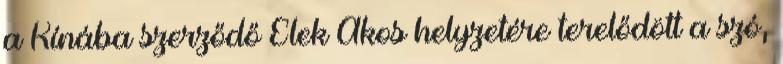
a Kínába szerződő Elek Ákos helyzetére terelődött a szó,